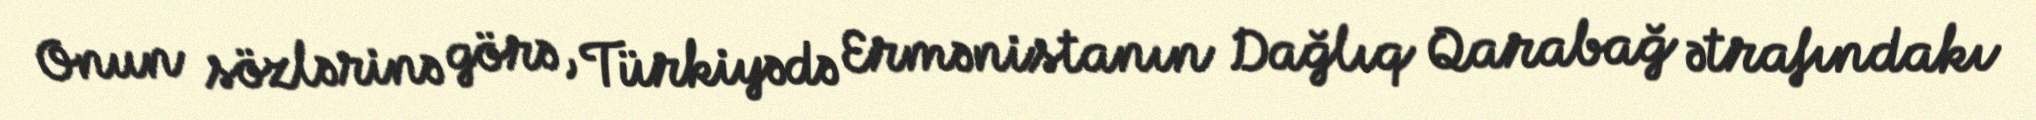
Onun sözlərinə görə, Türkiyədə Ermənistanın Dağlıq Qarabağ ətrafındakı